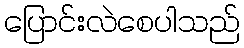
ပြောင်းလဲစေပါသည်